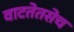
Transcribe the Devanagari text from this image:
वाटतेतसेच